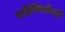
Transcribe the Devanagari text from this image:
परीस्थितीतही